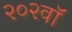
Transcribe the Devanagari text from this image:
२०२वॉ